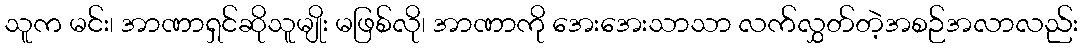
သူက မင်း၊ အာဏာရှင်ဆိုသူမျိုး မဖြစ်လို၊ အာဏာကို အေးအေးသာသာ လက်လွှတ်တဲ့အစဉ်အလာလည်း